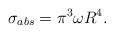
LaTeX: \begin{align*}\sigma_{abs} = \pi^3 \omega R^4. \end{align*}